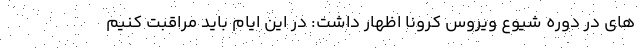
های در دوره شیوع ویروس کرونا اظهار داشت: در این ایام باید مراقبت کنیم